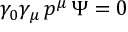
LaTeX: \gamma _ { 0 } \gamma _ { \mu } \, p ^ { \mu } \, \Psi = 0